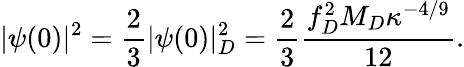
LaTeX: |\psi(0)|^{2}=\frac{2}{3}|\psi(0)|_{D}^{2}=\frac{2}{3}\frac{f_{D}^{2}M_{D}\kappa^{-4/9}}{12}.